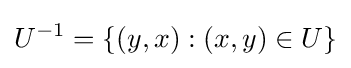
U^{-1}=\{(y,x):(x,y)\in U\}